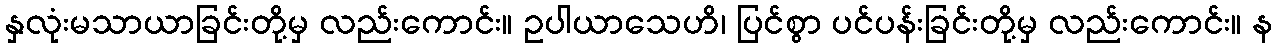
နှလုံးမသာယာခြင်းတို့မှ လည်းကောင်း။ ဥပါယာသေဟိ၊ ပြင်စွာ ပင်ပန်းခြင်းတို့မှ လည်းကောင်း။ န